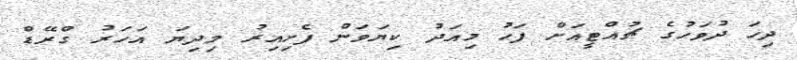
ދިހަ ދުވަހުގެ ޗުއްޓީއަށް ފަހު މިއަދު ކިޔަވަން ފެށިއިރު މިދިޔަ އަހަރު ގްރޭޑް